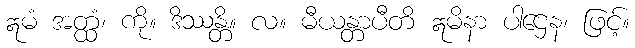
ဣမံ အတ္ထံ၊ ကို။ ဒိဿန္တိ။ လ။ မီယန္တာပီတိ ဣမိနာ ပါဌေန၊ ဖြင့်။